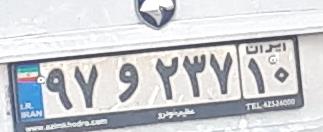
۹۷و۲۳۷۱۰